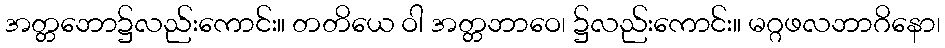
အတ္တဘော၌လည်းကောင်း။ တတိယေ ဝါ အတ္တဘာဝေ၊ ၌လည်းကောင်း။ မဂ္ဂဖလဘာဂိနော၊